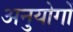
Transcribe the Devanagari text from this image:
अनुयोगों